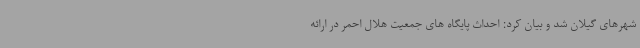
شهرهای گیلان شد و بیان کرد: احداث پایگاه های جمعیت هلال احمر در ارائه